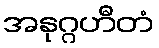
အနုဂ္ဂဟီတံ